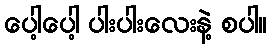
ပေါ့ပေါ့ ပါးပါးလေးနဲ့ စပါ။